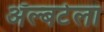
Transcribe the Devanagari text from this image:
ॲल्बर्टला